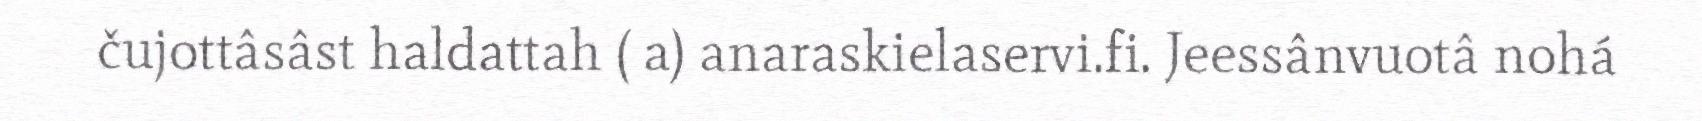
čujottâsâst haldattah ( a) anaraskielaservi.fi. Jeessânvuotâ nohá